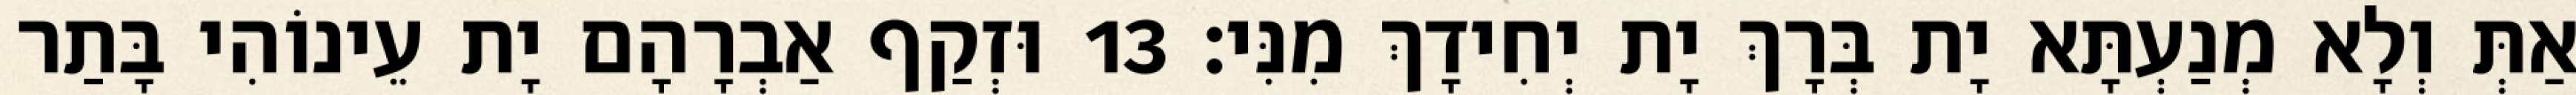
אַתְּ וְלָא מְנַעְתָּא יָת בְּרָךְ יָת יְחִידָךְ מִנִּי׃ 13 וּזְקַף אַבְרָהָם יָת עֵינוֹהִי בָּתַר